Report on vaccination in Madras 1877-1894 - 1877-1894
Year: 1877
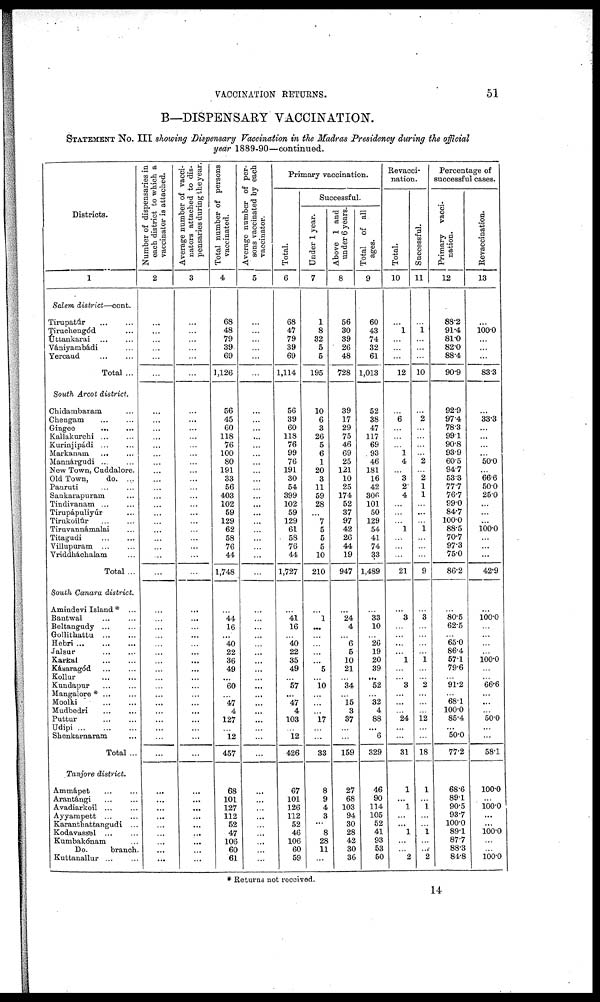
VACCINATION RETURNS.
51
B—DISPENSARY VACCINATION.
STATEMENT NO. III showing Dispensary Vaccination in the Madras Presidency during the official
year 1889-90—continued.
Districts.
1
Salem district—cont.
Tirupatúr ... ...
Tiraohengód ...
Uttankarai
...
...
Vaniyambádi ...
Yercaud
...
...
Total ...
South Arcot district.
Chidambaram ...
Chengam ... ...
Gingee
...
...
Kallakurchi ... ...
Kurinjipádi ... ...
Markanam ... ...
Mannárgudi ... ...
New Town, Cuddalore.
Old Town,
do. ...
Panruti ... ...
Sankarapuram ... ...
Tindivanam ... ...
Tirupapuliyúr ...
Tirnkoilúr ... ...
Tirnvannámalai ...
Titagadi
...
...
Yillupuram ... ...
Vriddháohalam ...
Total ...
South Canara district.
Amindevi Island * ...
Bantwal ... ...
Beltangady ... ...
Gollithattu
...
...
Hebri ... ... ...
Jalsur ... ...
Karkal
...
...
Katsaragó
...
...
Kollur
...
...
Kundapur
...
...
Mangalore* ... ...
Moolki
...
...
Mudbedri ... ...
Puttur
...
...
Udipi
...
...
...
Shenkaraaram ...
Total ...
Tanjore district.
Ammápet ... ...
Arantángi
...
...
Avadiarkoil ... ...
Ayyampett
...
...
Karanthattangudi ...
Kodavassel ... ...
Kumbakónam ...
Do.
branch.
Kuttanallur ... ...
Number of dispensaries in
each district to which a
vaccinator is attached.
2
...
...
...
...
...
...
...
...
...
...
...
...
...
...
...
...
...
...
...
...
...
...
...
...
...
...
...
...
...
...
...
...
...
...
...
...
...
...
...
...
...
...
...
...
...
...
...
...
...
...
...
Average number of vacci-
nators attached to dis-
pensaries during the year.
3
...
...
...
...
...
...
...
...
...
...
...
...
...
...
...
...
...
...
...
...
...
...
...
...
...
...
...
...
...
...
...
...
...
...
...
...
...
...
...
...
...
...
...
...
...
...
...
...
...
...
...
Total number of persons
vaccinated.
4
68
48
79
39
69
1,126
56
45
60
118
76
100
80
191
33
56
403
102
59
129
62
58
76
44
1,748
...
44
16
...
40
22
36
49
...
60
...
47
4
127
...
12
457
68
101
127
112
52
47
106
60
61
Average number of per-
sons vaccinated by each
vaccinator.
5
...
...
...
...
...
...
...
...
...
...
...
...
...
...
...
...
...
...
...
...
...
...
...
...
...
...
...
...
...
...
...
...
...
...
...
...
...
...
...
...
...
...
...
...
...
...
...
...
...
...
...
Primary vaccination.
Total.
6
68
47
79
39
69
1,114
56
39
60
118
76
99
76
191
30
54
399
102
59
129
61
58
76
44
1,727
...
41
16
...
40
22
35
49
...
57
...
47
4
103
...
12
426
67
101
126
112
52
46
106
60
59
Successful.
Under 1 year.
7
1
8
32
5
5
195
10
6
3
26
5
6
1
20
3
11
59
28
...
7
5
5
5
10
210
...
1
...
...
...
...
...
5
...
10
...
...
...
17
...
...
33
8
9
4
3
...
8
28
11
...
Above 1 and
under 6 years.
8
56
30
39
26
48
728
39
17
29
75
46
69
25
121
10
25
174
52
37
97
42
26
44
19
947
...
24
4
...
6
5
10
21
...
34
...
15
3
37
...
...
159
27
68
103
94
30
28
42
30
36
Total of all
ages.
9
60
43
74
32
61
1,013
52
38
47
117
69
93
46
181
16
42
306
101
50
129
54
41
74
33
1,489
...
33
10
...
26
19
20
39
...
52
...
32
4
88
...
6
329
46
90
114
105
52
41
93
53
50
Revacci-
nation.
Total.
10
...
1
...
...
...
12
...
6
...
...
...
1
4
...
3
2
4
...
...
...
1
...
...
...
21
...
3
...
...
...
...
1
...
...
3
...
...
...
24
...
...
31
1
...
1
...
...
1
...
...
2
Successful.
11
...
1
...
...
...
10
...
2
...
...
...
...
2
...
2
1
1
...
...
...
1
...
...
...
9
...
3
...
...
...
...
1
...
...
2
...
...
...
12
...
...
18
1
...
1
...
...
1
...
...
2
Percentage of
successful cases.
Primary vacci-
nation.
12
88.2
91.4
81.0
82.0
88.4
90.9
92.9
97.4
78.3
99.1
90.8
93.9
60.5
94.7
53.3
77.7
76.7
99.0
84.7
100.0
88.5
70.7
97.3
75.0
86.2
...
80.5
62.5
...
65.0
86.4
57.1
79.6
...
91.2
...
68.1
100.0
85.4
...
50.0
77.2
68.6
89.1
90.5
93.7
100.0
89.1
87.7
88.3
84.8
Revaccination.
13
...
100.0
...
...
...
83.3
...
33.3
...
...
...
...
50.0
...
66.6
50.0
25.0
...
...
...
100.0
...
...
...
42.9
...
100.0
...
...
...
...
100.0
...
...
66.6
...
...
50.0
...
...
58.1
100.0
...
100.0
...
...
100.0
...
...
100.0
* Returns not received.
14